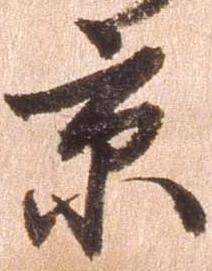
京